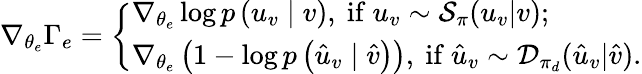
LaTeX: \nabla_{\theta_{e}}\Gamma_{e}=\left\{ \begin{array}{l}{\nabla_{\theta_{e}}\log p\left(u_{v}\mid v\right),\mathrm{~if~}u_{v}\sim{\cal S}_{\pi}(u_{v}|v);}\\ {\nabla_{\theta_{e}}\left(1-\log p\left(\hat{u}_{v}\mid\hat{v}\right)\right),\mathrm{~if~}\hat{u}_{v}\sim{\cal D}_{\pi_{d}}(\hat{u}_{v}|\hat{v}).}\end{array}\right.